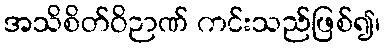
အသိစိတ်ဝိဉာဏ် ကင်းသည်ဖြစ်၍၊